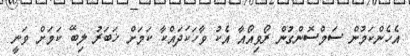
އެހެންކަމުން ސަމްސޮންގުން ރޯވިއޯއާ އެކު ވާހަކަދައްކާ ކަމަށް ޚަބަރު ލިބޭ ކަމަށް ވަނީ